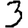
Digit: 3